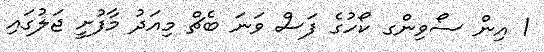
1 އިން ސޯވިންގ ކޯހުގެ ފަސް ވަނަ ބެޗް މިއަދު މާފުށީ ޖަލުގައި